Annual administration report of the Civil Veterinary Department of India - 1897-1898
Year: 1897
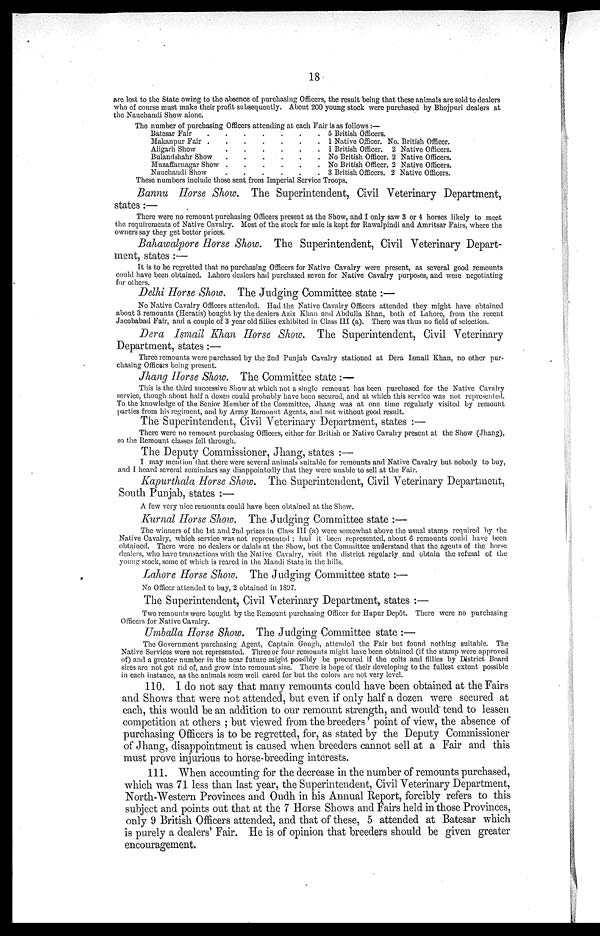
18
are lost to the State owing to the absence of purchasing Officers, the result being that these animals are sold to dealers
who of course must make their profit subsequently. About 200 young stock were purchased by Bhojpuri dealers at
the Nauchandi Show alone.
The number of purchasing Officers attending at each Fair is as follows:—
Batesar Fair
.......
Makanpur Fair .......
Aligarh Show
......
Bulandshahr Show
......
Muzaffarnagar Show
......
Nauchandi Show
......
5 British Officers.
1 Native Officer.
1 British Officer.
No British Officer
No British Officer.
3 British Officers.
No. British Officer.
2 Native Officers.
2 Native Officers.
2 Native Officers.
2 Native Officers.
These numbers include those sent from Imperial Service Troops.
Bannu Horse Show. The Superintendent, Civil Veterinary Department,
states:—
There were no remount purchasing Officers present at the Show, and I only saw 3 or 4 horses likely to meet
the requirements of Native Cavalry. Most of the stock for sale is kept for Rawalpindi and Amritsar Fairs, where the
owners say they get better prices.
Bahawalpore Horse Show. The Superintendent, Civil Veterinary Depart-
ment, states :—
It is to be regretted that no purchasing Officers for Native Cavalry were present, as several good remounts
could have been obtained. Lahore dealers had purchased seven for Native Cavalry purposes, and were negotiating
for others.
Delhi Horse Show. The Judging Committee state :—
No Native Cavalry Officers attended. Had the Native Cavalry Officers attended they might have obtained
about 3 remounts (Heratis) bought by the dealers Aziz Khan and Abdulla Khan, both of Lahore, from the recent
Jacobabad Fair, and a couple of 3 year old fillies exhibited in Class III (a). There was thus no field of selection.
Dera Ismail Khan Horse Show. The Superintendent, Civil Veterinary
Department, states:—
Three remounts were purchased by the 2nd Punjab Cavalry stationed at Dera Ismail Khan, no other pur-
chasing Officers being present.
Jhang Horse Show. The Committee state :—
This is the third successive Show at which not a single remount has been purchased for the Native Cavalry
service, though about half a dozen could probably have been secured, and at which this service was not represented.
To the knowledge of the Senior Member of the Committee, Jhang was at one time regularly visited by remount
parties from his regiment, and by Army Remount Agents, and not without good result.
The Superintendent, Civil Veterinary Department, states :—
There were no remount purchasing Officers, either for British or Native Cavalry present at the Show (Jhang),
so the Remount classes fell through.
The Deputy Commissioner, Jhang, states :—
I may mention that there were several animals suitable for remounts and Native Cavalry but nobody to buy,
and I heard several zemindars say disappointedly that they were unable to sell at the Fair.
Kapurthala Horse Show. The Superintendent, Civil Veterinary Department,
South Punjab, states :—
A few very nice remounts could have been obtained at the Show.
Kurnal Horse Show. The Judging Committee state :—
The winners of the 1st and 2nd prizes in Class III (a) were somewhat above the usual stamp required by the
Native Cavalry, which service was not represented ; had it been represented, about 6 remounts could have been
obtained. There were no dealers or dalals at the Show, but the Committee understand that the agents of the horse
dealers, who have transactions with the Native Cavalry, visit the district regularly and obtain the refusal of the
young stock, some of which is reared in the Mandi State in the hills.
Lahore Horse Show. The Judging Committee state :—
No Officer attended to buy, 2 obtained in 1897.
The Superintendent, Civil Veterinary Department, states :—
Two remounts were bought by the Remount purchasing Officer for Hapur Depôt. There were no purchasing
Officers for Native Cavalry.
Umballa Horse Show. The Judging Committee state :—
The Government purchasing Agent, Captain Gough, attended the Fair but found nothing suitable. The
Native Services were not represented. Three or four remounts might have been obtained (if the stamp were approved
of) and a greater number in the near future might possibly be procured if the colts and fillies by District Board
sires are not got rid of, and grow into remount size. There is hope of their developing to the fullest extent possible
in each instance, as the animals seem well cared for but the colors are not very level.
110. I do not say that many remounts could have been obtained at the Fairs
and Shows that were not attended, but even if only half a dozen were secured at
each, this would be an addition to our remount strength, and would tend to lessen
competition at others ; but viewed from the breeders' point of view, the absence of
purchasing Officers is to be regretted, for, as stated by the Deputy Commissioner
of Jhang, disappointment is caused when breeders cannot sell at a Fair and this
must prove injurious to horse-breeding interests.
111. When accounting for the decrease in the number of remounts purchased,
which was 71 less than last year, the Superintendent, Civil Veterinary Department,
North-Western Provinces and Oudh in his Annual Report, forcibly refers to this
subject and points out that at the 7 Horse Shows and Fairs held in those Provinces,
only 9 British Officers attended, and that of these, 5 attended at Batesar which
is purely a dealers' Fair. He is of opinion that breeders should be given greater
encouragement.